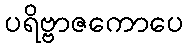
ပရိဗ္ဗာဇကောပေ